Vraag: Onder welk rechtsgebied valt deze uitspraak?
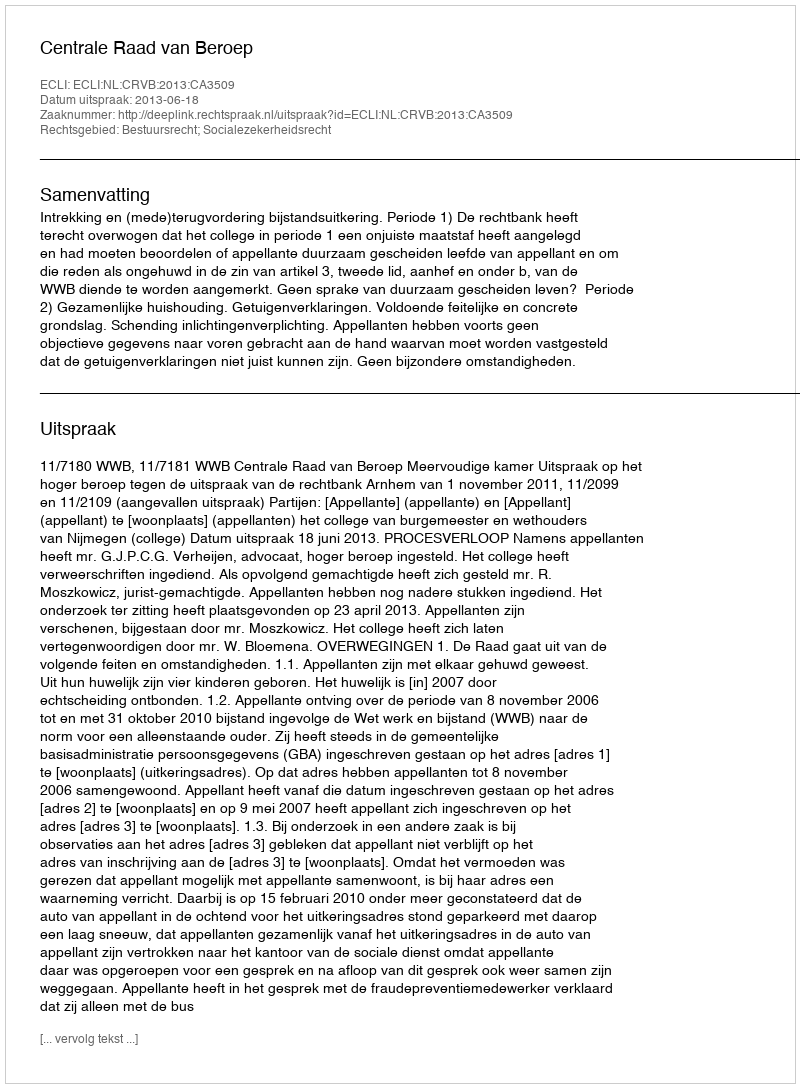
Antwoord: Bestuursrecht; Socialezekerheidsrecht